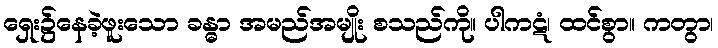
ရှေး၌နေခဲ့ဖူးသော ခန္ဓာ အမည်အမျိုး စသည်ကို။ ပါကဋံ၊ ထင်စွာ။ ကတွာ၊